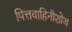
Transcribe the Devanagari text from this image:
पित्तवाहिनीशोथ